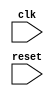
module timing_control_block(
    input wire clk,
    input wire reset,
    // Add any other necessary inputs/outputs here
    // Include counters and registers for timing control

    // Implement logic for generating and controlling timing signals
);

// Add Verilog code for timing control block here

endmodule